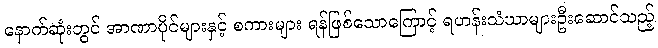
နောက်ဆုံးတွင် အာဏာပိုင်များနှင့် စကားများ ရန်ဖြစ်သောကြောင့် ရဟန်းသံဃာများဦးဆောင်သည့်